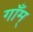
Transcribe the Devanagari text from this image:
गाँम्